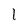
Character: I